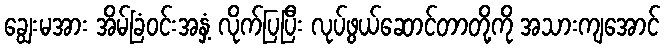
ချွေးမအား အိမ်ခြံဝင်းအနှံ့ လိုက်ပြပြီး လုပ်ဖွယ်ဆောင်တာတို့ကို အသားကျအောင်